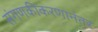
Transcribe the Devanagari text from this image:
संगणकीकरणानंतर